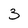
Character: 3